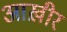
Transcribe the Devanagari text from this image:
आख़ीर